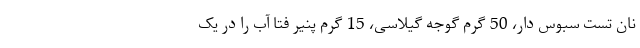
نان تست سبوس دار، 50 گرم گوجه گیلاسی، 15 گرم پنیر فتا آب را در یک